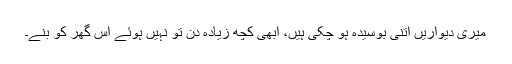
میری دیواریں اتنی بوسیدہ ہو چکی ہیں، ابھی کچھ زیادہ دن تو نہیں ہوئے اس گھر کو بنے۔